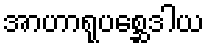
အာဟာရုပစ္ဆေဒါယ